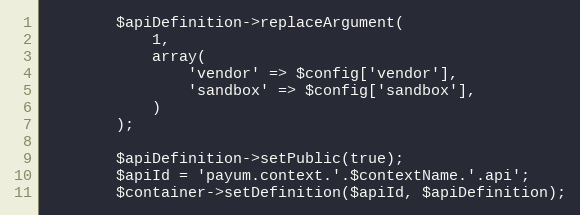
Language: PHP
        $apiDefinition->replaceArgument(
            1,
            array(
                'vendor' => $config['vendor'],
                'sandbox' => $config['sandbox'],
            )
        );

        $apiDefinition->setPublic(true);
        $apiId = 'payum.context.'.$contextName.'.api';
        $container->setDefinition($apiId, $apiDefinition);